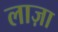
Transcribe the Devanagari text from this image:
लाज़ा